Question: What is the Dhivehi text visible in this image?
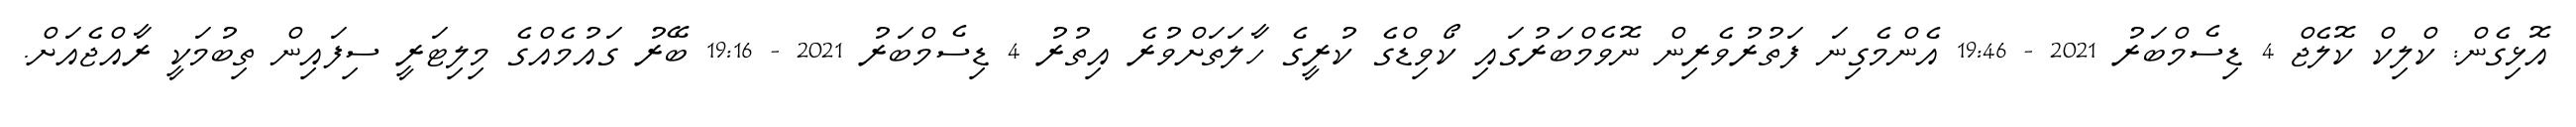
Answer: އޮޅިގެން: ކްލިކް ކޮލެޖް 4 ޑިސެމްބަރު 2021 - 19:46 އެންމެގިނަ ފަތުރުވެރިން ނޮވެމްބަރުގައި ކޯވިޑްގެ ކުރީގެ ހާލަތަށްވުރެ އިތުރު 4 ޑިސެމްބަރު 2021 - 19:16 ބޭރު ގައުމެއްގެ މިލިޓަރީ ސިފައިން ތިބުމަކީ ރާއްޖެއަށް.